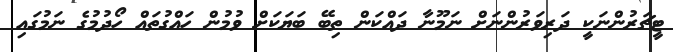
ޓީޗަރުންނަކީ ދަރިވަރުންނަށް ނަމޫނާ ދައްކަން ތިބޭ ބަޔަކަށް ވުމުން ހައްގުތައް ހޯދުމުގެ ނަމުގައި